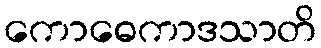
ကောဓေကာဒသာတိ